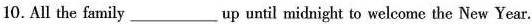
10.All the family___up until midnight to welcome the New Year.